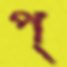
প্